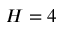
H = 4